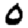
Digit: 0